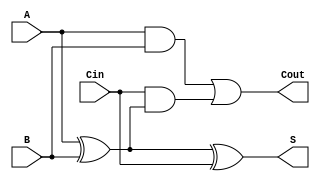
module full_adder (
    input wire A,     // First input bit
    input wire B,     // Second input bit
    input wire Cin,   // Carry input from the previous less significant bit
    output wire S,    // Sum output
    output wire Cout  // Carry output
);

// Sum calculation: S = A XOR B XOR Cin
assign S = A ^ B ^ Cin;

// Carry-out calculation: Cout = (A AND B) OR (Cin AND (A XOR B))
assign Cout = (A & B) | (Cin & (A ^ B));

endmodule